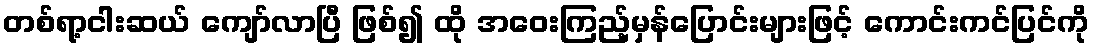
တစ်ရာ့ငါးဆယ် ကျော်လာပြီ ဖြစ်၍ ထို အဝေးကြည့်မှန်ပြောင်းများဖြင့် ကောင်းကင်ပြင်ကို